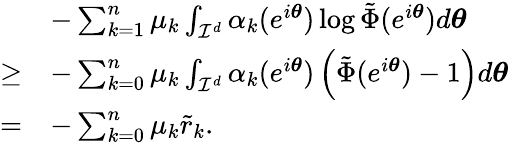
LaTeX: \begin{array}{rl}&{-\sum_{k=1}^{n}\mu_{k}\int_{\mathcal{I}^{d}}\alpha_{k}(e^{i\boldsymbol{\theta}})\log\tilde{\Phi}(e^{i\boldsymbol{\theta}})d\boldsymbol{\theta}}\\ {\geq}&{-\sum_{k=0}^{n}\mu_{k}\int_{\mathcal{I}^{d}}\alpha_{k}(e^{i\boldsymbol{\theta}})\left(\tilde{\Phi}(e^{i\boldsymbol{\theta}})-1\right)d\boldsymbol{\theta}}\\ {=}&{-\sum_{k=0}^{n}\mu_{k}\tilde{r}_{k}.}\end{array}